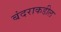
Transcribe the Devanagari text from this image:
बंदराकडील